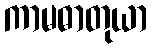
ကာမဓာတုယာ